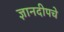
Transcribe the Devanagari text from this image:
ज्ञानदीपचे